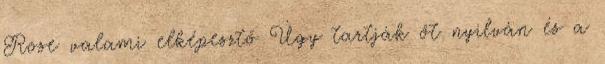
Rose valami elképesztő Úgy tartják őt nyilván és a